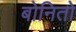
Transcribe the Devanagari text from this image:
बोनितो